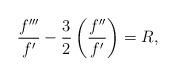
LaTeX: \begin{align*}\frac{f'''}{f'}-\frac{3}{2}\left(\frac{f''}{f'}\right)=R,\end{align*}